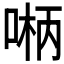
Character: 𫪲